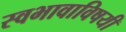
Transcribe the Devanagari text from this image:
स्वभावाविषयी